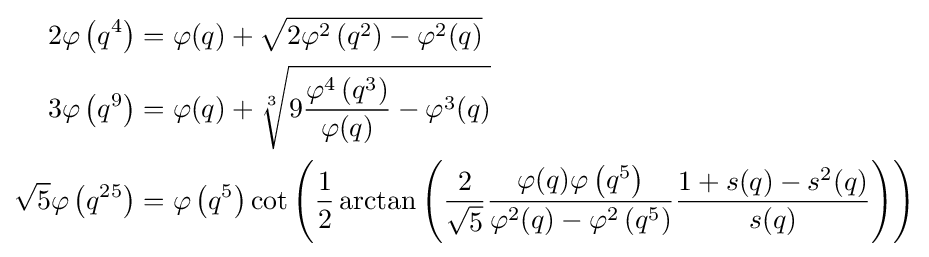
{\begin{aligned}2\varphi \left(q^{4}\right)&=\varphi (q)+{\sqrt {2\varphi ^{2}\left(q^{2}\right)-\varphi ^{2}(q)}}\\3\varphi \left(q^{9}\right)&=\varphi (q)+{\sqrt[{3}]{9{\frac {\varphi ^{4}\left(q^{3}\right)}{\varphi (q)}}-\varphi ^{3}(q)}}\\{\sqrt {5}}\varphi \left(q^{25}\right)&=\varphi \left(q^{5}\right)\cot \left({\frac {1}{2}}\arctan \left({\frac {2}{\sqrt {5}}}{\frac {\varphi (q)\varphi \left(q^{5}\right)}{\varphi ^{2}(q)-\varphi ^{2}\left(q^{5}\right)}}{\frac {1+s(q)-s^{2}(q)}{s(q)}}\right)\right)\end{aligned}}